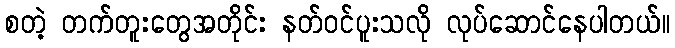
စတဲ့ တက်တူးတွေအတိုင်း နတ်ဝင်ပူးသလို လုပ်ဆောင်နေပါတယ်။